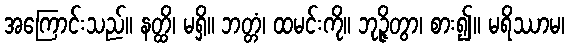
အကြောင်းသည်။ နတ္ထိ၊ မရှိ။ ဘတ္တံ၊ ထမင်းကို။ ဘုဉ္ဇိတွာ၊ စား၍။ မရိဿာမ၊